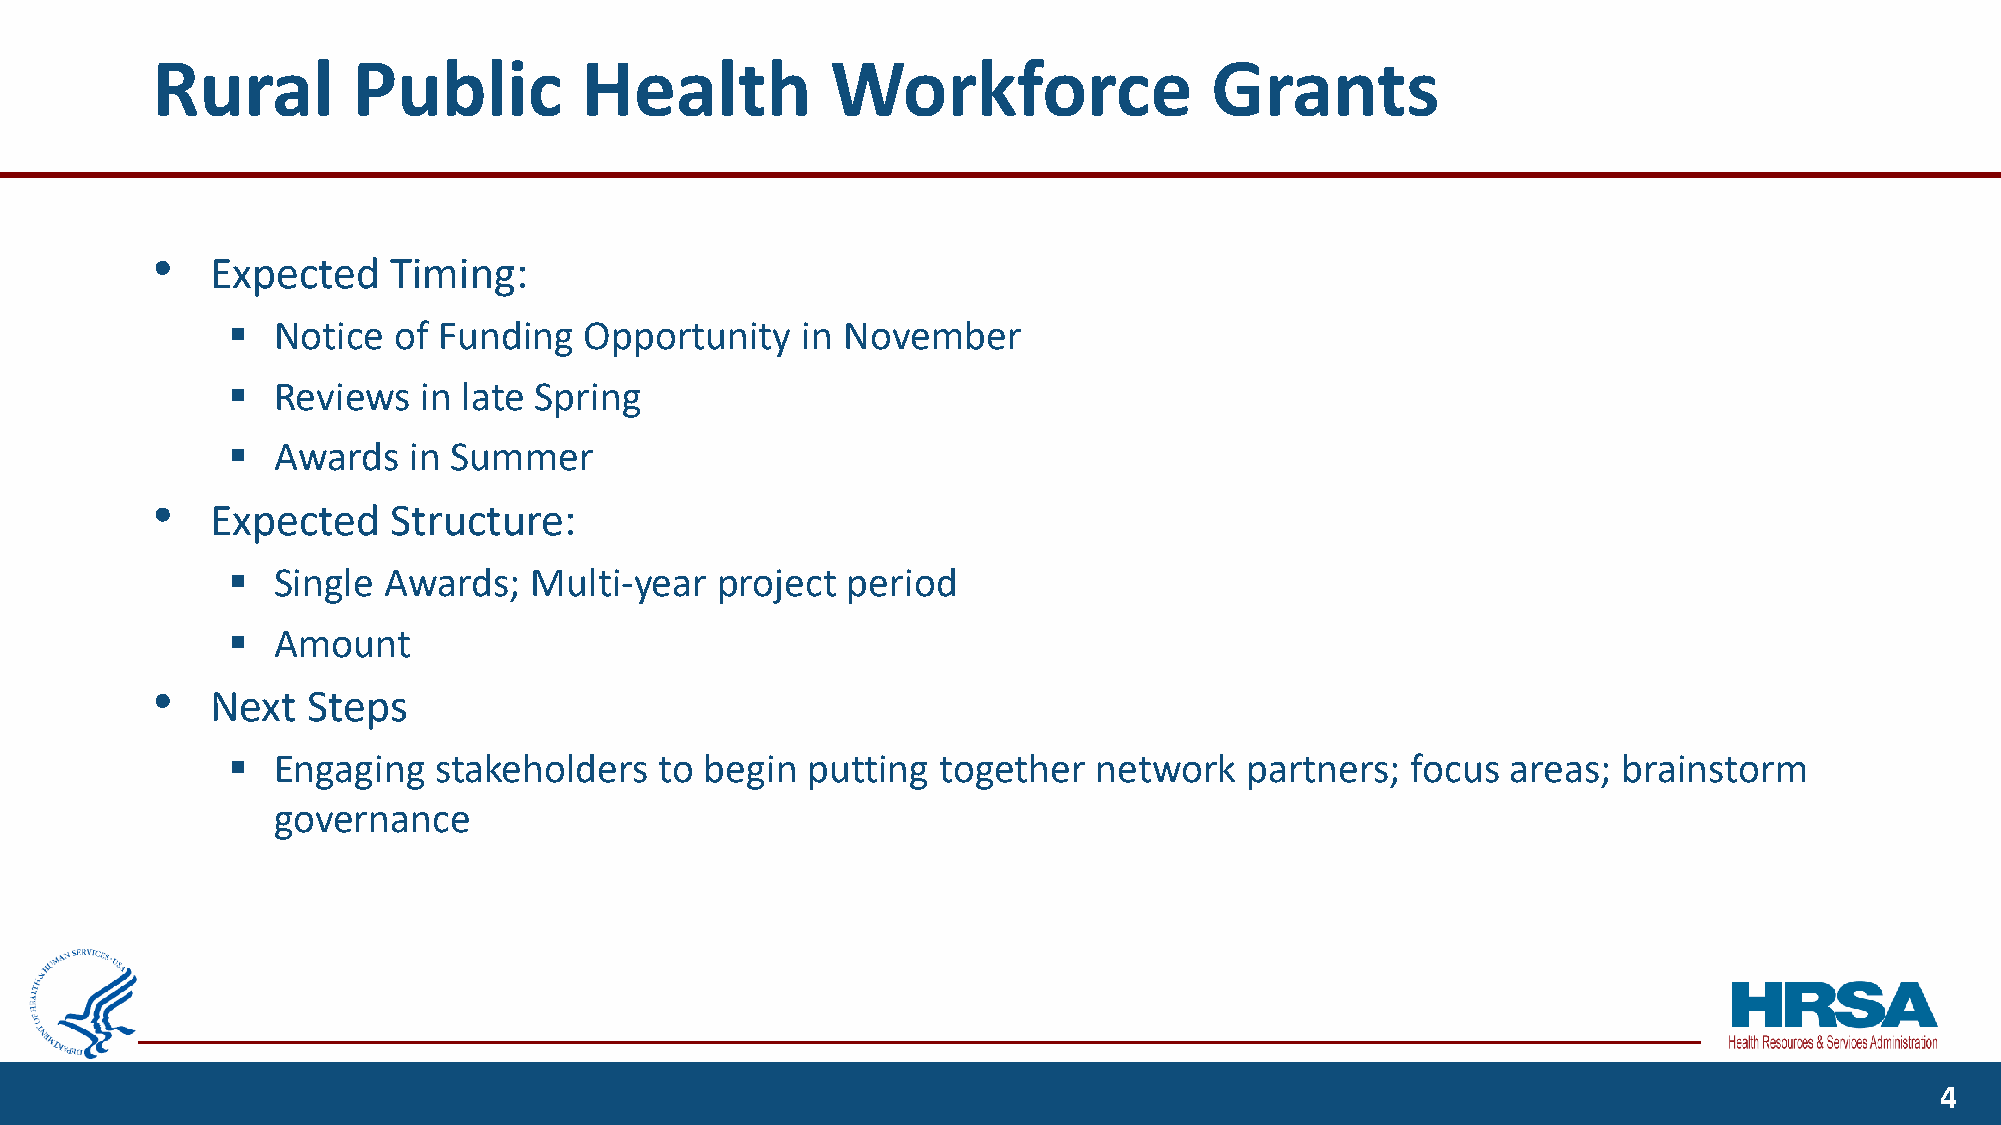
Rural        Public         Health           Workforce                Grants
 •
 Expected    Timing:
 ▪  Notice  of Funding   Opportunity   in November
 ▪  Reviews   in late Spring
 ▪  Awards   in Summer
 •
 Expected    Structure:
 ▪  Single Awards;   Multi-year  project  period
 ▪  Amount
 •
 Next  Steps
 ▪  Engaging   stakeholders   to begin putting  together   network  partners;  focus  areas; brainstorm
 governance
 4